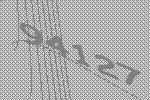
94127